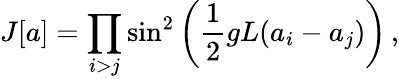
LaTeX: J[a]=\prod_{i>j}\sin^{2}\left(\frac{1}{2}gL(a_{i}-a_{j})\right)\, ,